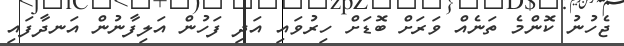
ޖެހުނު ކޮންމެ ތަނެއް ވަރަށް ބޮޑަށް ހިރުވައި އަދި ފަހުން އަލިފާނުން އަނދާފައި